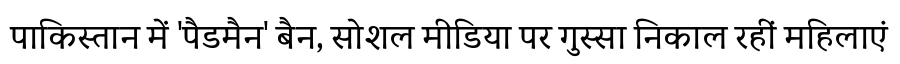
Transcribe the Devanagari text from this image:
पाकिस्तान में 'पैडमैन' बैन, सोशल मीडिया पर गुस्सा निकाल रहीं महिलाएं